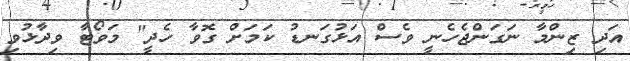
އަދި ޒިންމާ ނަގަންޖެހެނީ ވެސް އަޅުގަނޑު ކަމަށް ގޮވާ ހެދީ" މަވޯޓާ ވިދާޅުވި